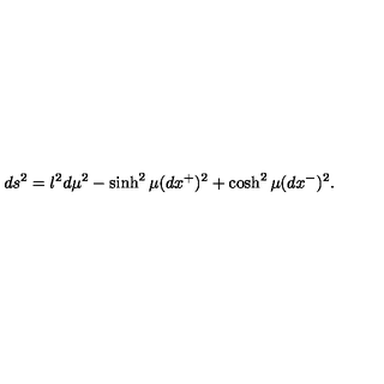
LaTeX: d s ^ { 2 } = l ^ { 2 } d \mu ^ { 2 } - \sinh ^ { 2 } \mu ( d x ^ { + } ) ^ { 2 } + \cosh ^ { 2 } \mu ( d x ^ { - } ) ^ { 2 } .